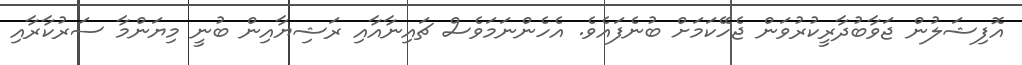
އޮފިޝަލުން ޖަވާބުދާރީކުރުވަން ޖެހޭކަމަށް ބުނެފައެވެ. އެހެންނަމަވެސް ޗައިނާއާއި ރަޝިޔާއިން ބުނީ މިޔަންމާ ސަރުކާރާއި